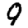
Digit: 9